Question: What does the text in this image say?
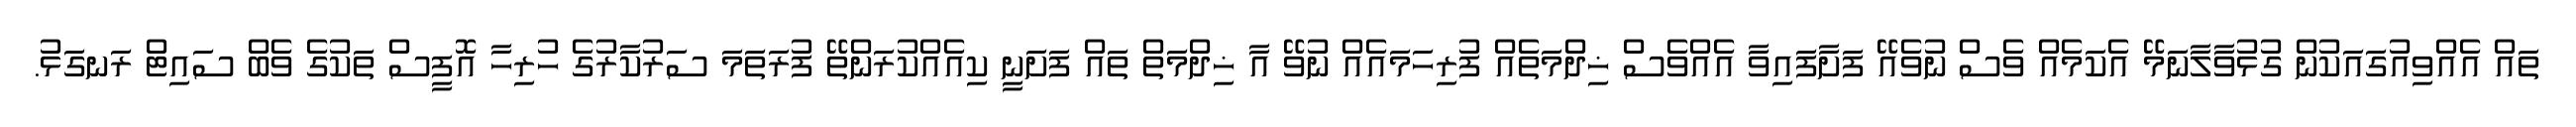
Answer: ތައް އެއްވިއުގައަކުން ގުޅުވާލާނަމޭ އެކަމެއް ވެސް ނުވެއޭ ފަށާފައިވާ އެއްވެސް ޚިދްމަތެއް ފުރިހަމައެއް ނުވޭ އާ ޚިދްމަތް ތައް ފަށަނީ ކިއެއްކުރަންތޭ ފުރަތަމަ ސަރުކާރުގެ ހުރިހާ އޮފީސް ތަކުގެ ވެބް ސައިޓް ރަނގަޅު.